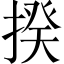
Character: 揆